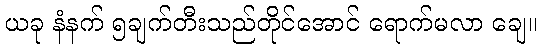
ယခု နံနက် ၅ချက်တီးသည်တိုင်အောင် ရောက်မလာ ချေ။